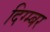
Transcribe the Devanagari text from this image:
दिग्म्बर